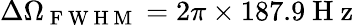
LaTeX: \Delta\Omega_{\mathrm{~F~W~H~M~}}=2\pi\times 187.9\mathrm{~H~z~}